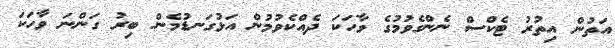
އަތުން އިތުރު ޓެކްސް ނެންގެވުމުގެ ވާހަކަ ދެއްކެވުމުން އަޅުގަނޑުމެން ބިރު ގަންނަ ވާހަކަ